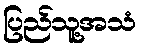
ပြည်သူ့အသံ